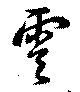
零